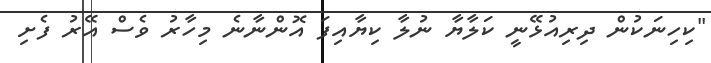
"ކިހިނަކުން ދިރިއުޅޭނީ ކަލާޔާ ނުލާ ކިޔާއިފަ އޮންނާނެ މިހާރު ވެސް އޭރު ފެށި